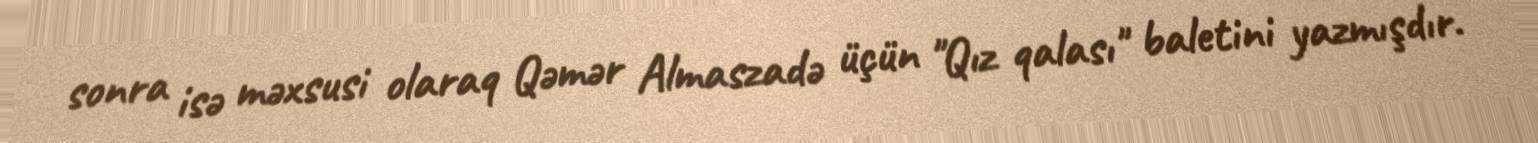
sonra isə məxsusi olaraq Qəmər Almaszadə üçün "Qız qalası" baletini yazmışdır.